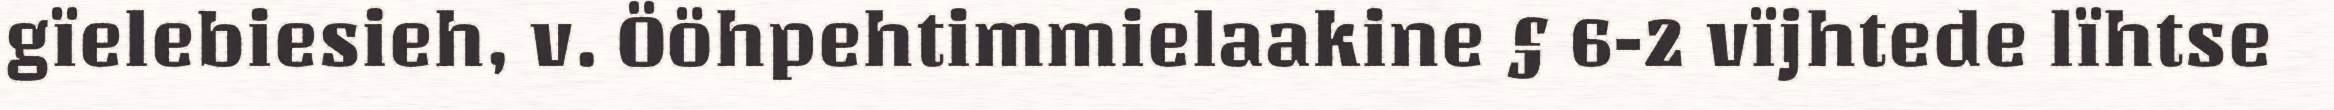
gïelebiesieh, v. Ööhpehtimmielaakine § 6-2 vïjhtede lïhtse